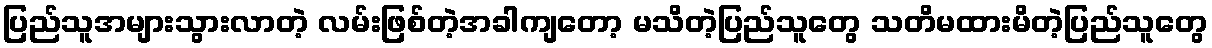
ပြည်သူအများသွားလာတဲ့ လမ်းဖြစ်တဲ့အခါကျတော့ မသိတဲ့ပြည်သူတွေ သတိမထားမိတဲ့ပြည်သူတွေ